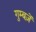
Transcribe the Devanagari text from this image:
गुम्बज़ें